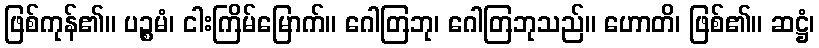
ဖြစ်ကုန်၏။ ပဉ္စမံ၊ ငါးကြိမ်မြောက်။ ဂေါတြဘု၊ ဂေါတြဘုသည်။ ဟောတိ၊ ဖြစ်၏။ ဆဋ္ဌံ၊